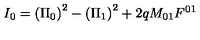
I _ { 0 } = \left( \Pi _ { 0 } \right) ^ { 2 } - \left( \Pi _ { 1 } \right) ^ { 2 } + 2 q M _ { 0 1 } F ^ { 0 1 }